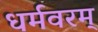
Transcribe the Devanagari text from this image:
धर्मवरम्